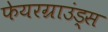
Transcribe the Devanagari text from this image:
फेयरग्राउंड्स